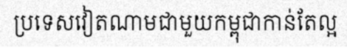
ប្រទេសវៀតណាមជាមួយកម្ពុជាកាន់តែល្អ